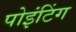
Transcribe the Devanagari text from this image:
पोइंटिंग